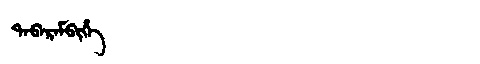
Manchu: ᡨᠠᠪᠠᡵᠠᠮᠪᡳᡥᡝ
Romanization: TABARAMBIHE